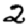
Digit: 2